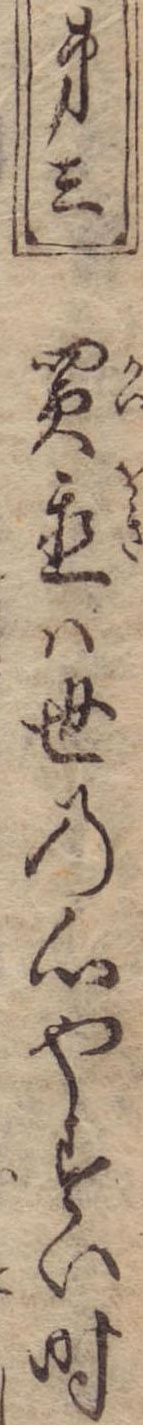
第三買置は世の心やすい時